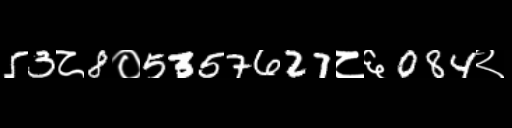
Text: 53८8०5357627८६084२